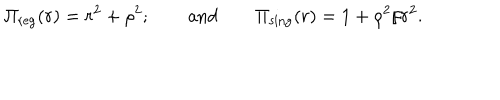
\Pi _ { \mathrm { r e g } } ( r ) = r ^ { 2 } + \rho ^ { 2 } ; \qquad \mathrm { a n d } \qquad \Pi _ { \mathrm { s i n g } } ( r ) = 1 + \rho ^ { 2 } / r ^ { 2 } .